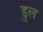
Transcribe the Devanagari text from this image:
डुल